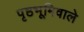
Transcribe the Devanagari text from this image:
पृष्ठभूमिवाले